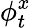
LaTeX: \phi_{t}^{x}